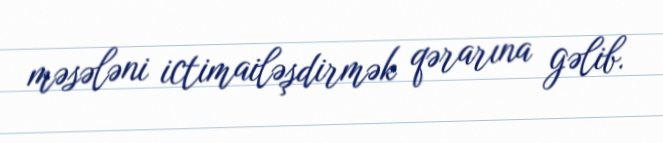
məsələni ictimailəşdirmək qərarına gəlib.